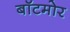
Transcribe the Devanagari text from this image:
बॉटमोर